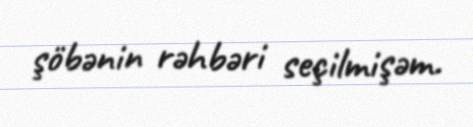
şöbənin rəhbəri seçilmişəm.